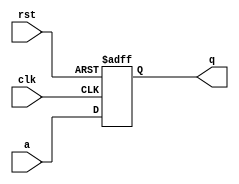
module pipo(clk,rst,a,q);
input clk,rst;
input[3:0]a;
output[3:0]q;
reg[3:0]q;
always@(posedge clk,posedge rst)
begin
if (rst==1'b1)
q<=4'b0000;
else
q<=a;
end
endmodule